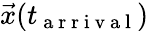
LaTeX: \vec{x}(t_{\mathrm{~a~r~r~i~v~a~l~}})